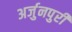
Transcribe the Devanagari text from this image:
अर्जुनपुरी